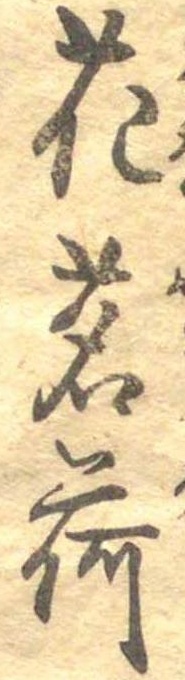
花茗荷